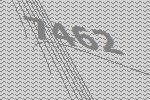
7462